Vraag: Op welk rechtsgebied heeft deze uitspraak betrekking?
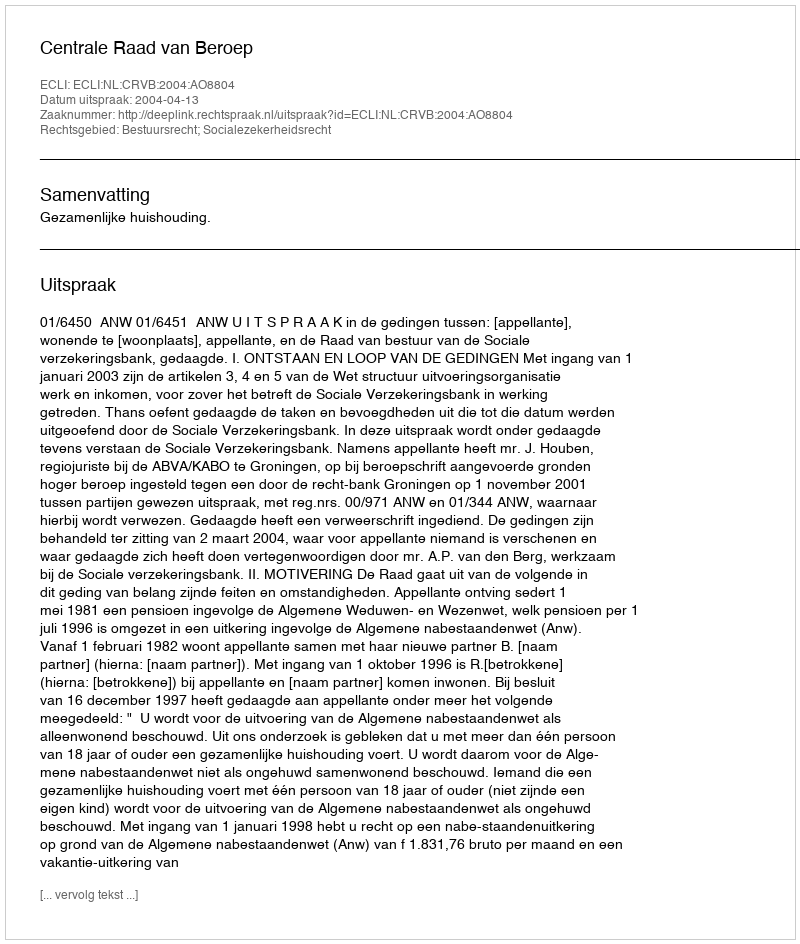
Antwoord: Bestuursrecht; Socialezekerheidsrecht